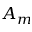
A _ { m }